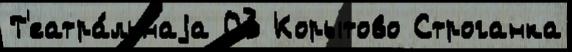
Т'еатра́льнаjа 03 Корытово Строганка